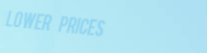
LoWeR pRiCeS